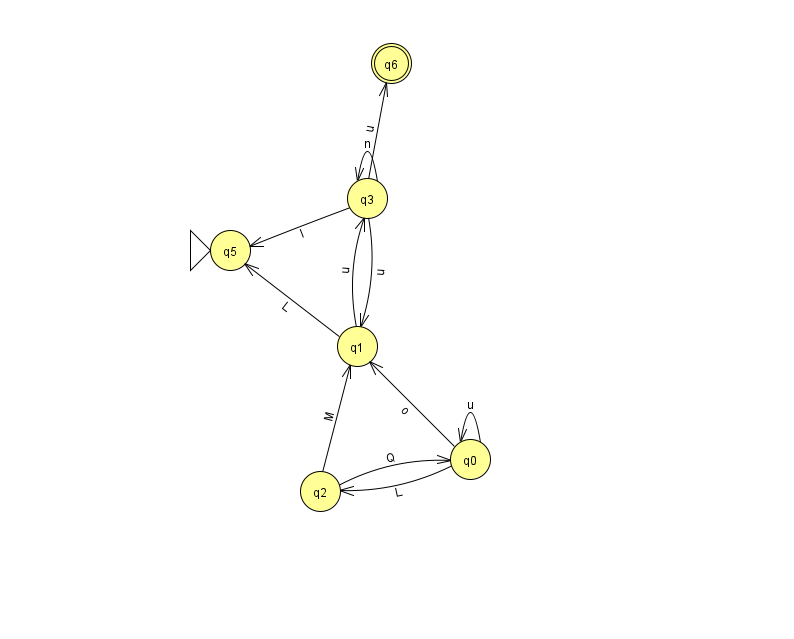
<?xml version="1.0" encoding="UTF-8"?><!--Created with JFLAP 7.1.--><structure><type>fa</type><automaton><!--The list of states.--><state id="0" name="q0"><x>470.0</x><y>446.0</y></state><state id="1" name="q1"><x>357.0</x><y>333.0</y></state><state id="2" name="q2"><x>320.0</x><y>478.0</y></state><state id="3" name="q3"><x>367.0</x><y>185.0</y></state><state id="5" name="q5"><x>230.0</x><y>237.0</y><initial/></state><state id="6" name="q6"><x>391.0</x><y>50.0</y><final/></state><!--The list of transitions.--><transition><from>3</from><to>5</to><read>I</read></transition><transition><from>0</from><to>2</to><read>L</read></transition><transition><from>3</from><to>6</to><read>u</read></transition><transition><from>0</from><to>0</to><read>u</read></transition><transition><from>0</from><to>1</to><read>o</read></transition><transition><from>2</from><to>1</to><read>M</read></transition><transition><from>3</from><to>3</to><read>n</read></transition><transition><from>1</from><to>3</to><read>u</read></transition><transition><from>1</from><to>5</to><read>L</read></transition><transition><from>2</from><to>0</to><read>Q</read></transition><transition><from>3</from><to>1</to><read>u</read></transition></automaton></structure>